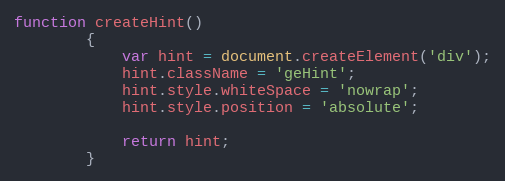
Language: JavaScript
function createHint()
		{
			var hint = document.createElement('div');
			hint.className = 'geHint';
			hint.style.whiteSpace = 'nowrap';
			hint.style.position = 'absolute';

			return hint;
		}